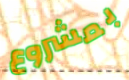
بمشروع